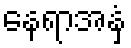
နေရာအနှံ့